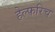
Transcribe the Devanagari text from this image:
हेल्फरिच